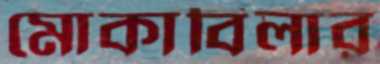
মোকাবিলার